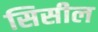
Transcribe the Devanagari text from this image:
सिसील